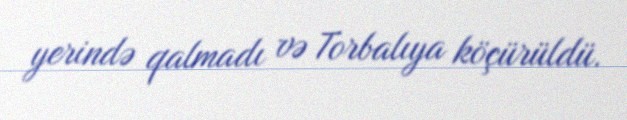
yerində qalmadı və Torbalıya köçürüldü.